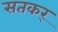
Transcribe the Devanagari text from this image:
सतकर्